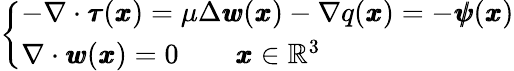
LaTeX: \left\{ \begin{array}{ll}{-\nabla\cdot{\pmb\tau}({\pmb x})=\mu\Delta{\pmb w}({\pmb x})-\nabla q({\pmb x})=-{\pmb\psi}({\pmb x})}\\ {\nabla\cdot{\pmb w}({\pmb x})=0\qquad{{\pmb x}\in\mathbb{R}^{3}}}\end{array}\right.